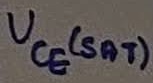
Text: UCE(SAT)